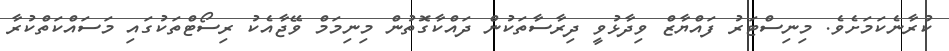
ކުރާނެކަމަށެވެ. މިނިސްޓަރު ފައްޔާޒް ވިދާޅުވީ ދިރާސާތަކުން ދައްކާގޮތުން މިނިމަމް ވޭޖާއެކު ރިސޯޓްތަކުގައި މަސައްކަތްކުރާ